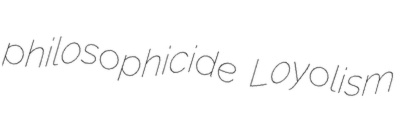
philosophicide Loyolism